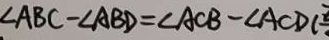
\angle A B C - \angle A B D = \angle A C B - \angle A C D (